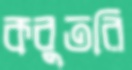
কবুতরি